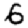
Digit: 6